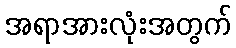
အရာအားလုံးအတွက်